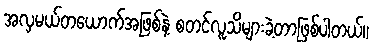
အလှမယ်တယောက်အဖြစ်နဲ့ စတင်လူသိများခဲ့တာဖြစ်ပါတယ်။